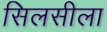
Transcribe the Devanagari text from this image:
सिलसीला